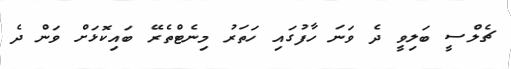
ޗެލްސީ ބަލިވީ ދެ ވަނަ ހާފުގައި ހަތަރު މިނެޓްތެރޭ ބައިކޮޅަށް ވަން ދެ